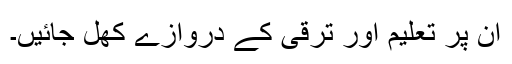
ان پر تعلیم اور ترقی کے دروازے کھل جائیں۔